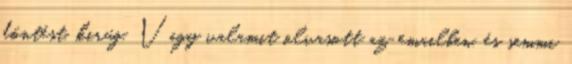
döntést. kirúg. Vagy valamit olvasott az emailben. és semmi